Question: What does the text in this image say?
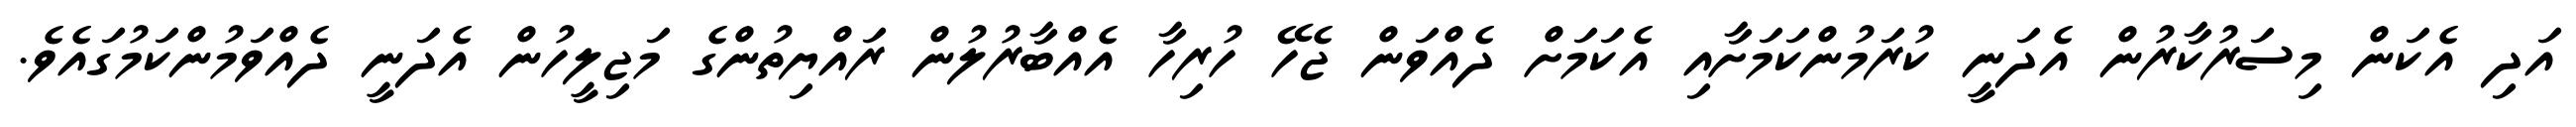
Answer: އަދި އެކަން މިސަރުކާރުން އެދަނީ ކުރަމުންކަމަށާއި އެކަމަށް ދެއްވަން ޖެހޭ ހުރިހާ އެއްބާރުލުން ރައްޔިތުންގެ މަޖިލީހުން އެދަނީ ދެއްވަމުންކަމުގައެވެ.